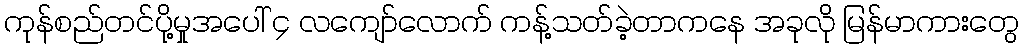
ကုန်စည်တင်ပို့မှုအပေါ် ၄ လကျော်လောက် ကန့်သတ်ခဲ့တာကနေ အခုလို မြန်မာကားတွေ